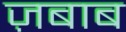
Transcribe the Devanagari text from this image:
ज़बाब